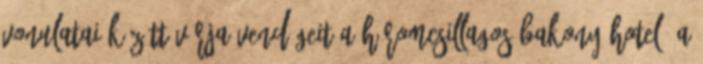
vonulatai között várja vendégeit a háromcsillagos Bakony Hotel. A